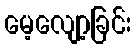
မေ့လျော့ခြင်း